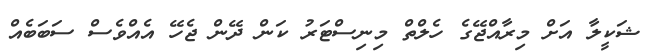
ޝަކީލާ އަށް މިރާއްޖޭގެ ހެލްތް މިނިސްޓަރު ކަން ދޭން ޖެހޭ އެއްވެސް ސަބަބެއް